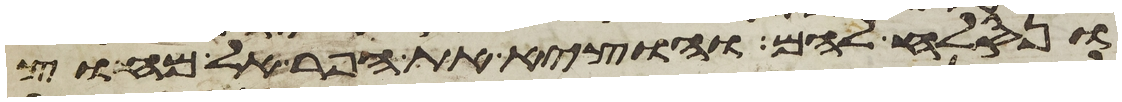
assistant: ונסלח להם והוציא את הפר אל מחוץ